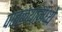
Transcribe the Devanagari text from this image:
पातळयांमध्ये